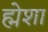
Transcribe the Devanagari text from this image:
ह्मेशा